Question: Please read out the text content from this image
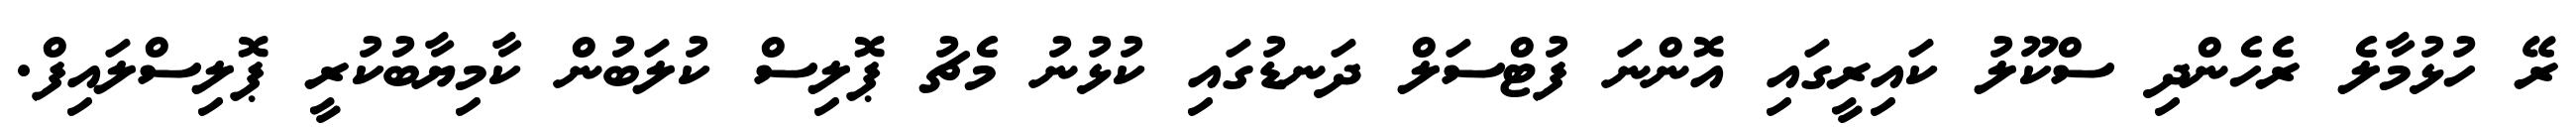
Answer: ރޭ ހުޅުމާލެ ރެހެންދި ސްކޫލު ކައިރީގައި އޮންނަ ފުޓްސަލް ދަނޑުގައި ކުޅުނު މެޗު ޕޮލިސް ކުލަބުން ކާމިޔާބުކުރީ ޕޮލިސްލައިފް.